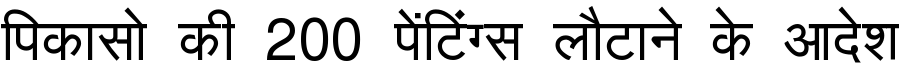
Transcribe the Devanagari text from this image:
पिकासो की 200 पेंटिंग्स लौटाने के आदेश